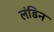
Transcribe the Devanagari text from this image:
लंडिन